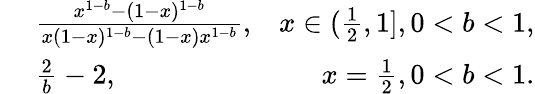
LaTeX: \begin{array}{rlr}{~}&{{}\frac{x^{1-b}-(1-x)^{1-b}}{x(1-x)^{1-b}-(1-x)x^{1-b}},}&{x\in(\frac{1}{2},1],0<b<1,}\\ {~}&{{}\frac{2}{b}-2,}&{x=\frac{1}{2},0<b<1.}\end{array}